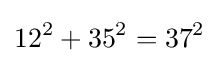
12^{2}+35^{2}=37^{2}